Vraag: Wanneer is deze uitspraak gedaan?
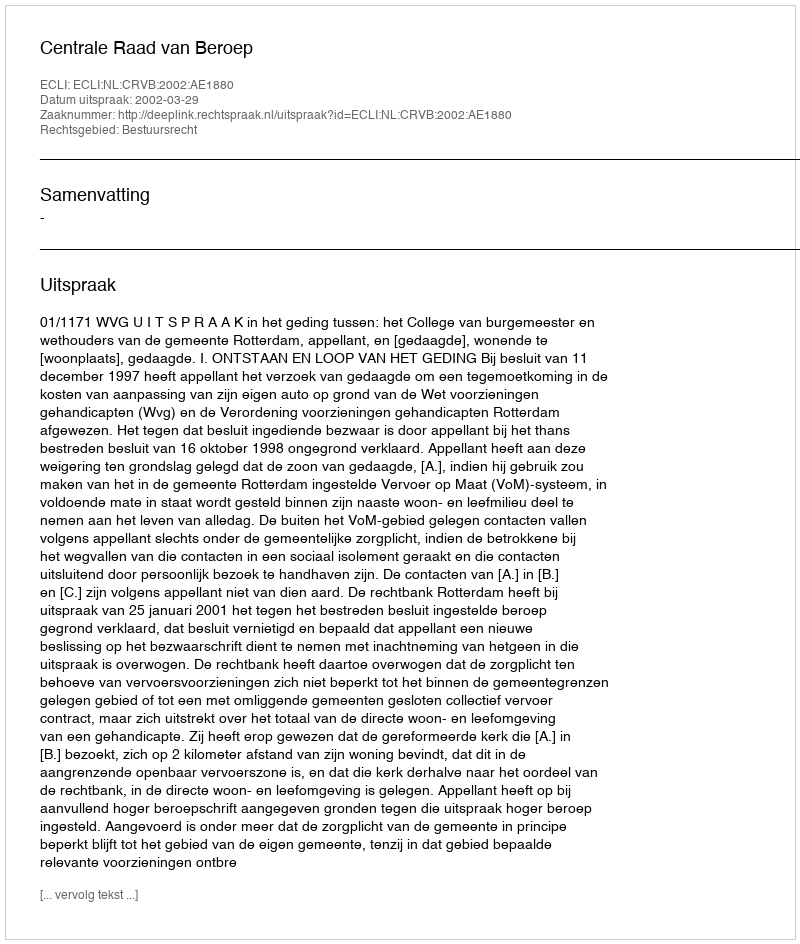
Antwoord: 2002-03-29